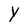
Character: y